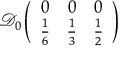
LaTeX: \mathcal { D } _ { 0 } \left( \begin{array} { c c c } { { 0 } } & { { 0 } } & { { 0 } } \\ { { \frac { 1 } { 6 } } } & { { \frac { 1 } { 3 } } } & { { \frac { 1 } { 2 } } } \end{array} \right)